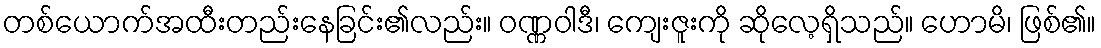
တစ်ယောက်အထီးတည်းနေခြင်း၏လည်း။ ဝဏ္ဏဝါဒီ၊ ကျေးဇူးကို ဆိုလေ့ရှိသည်။ ဟောမိ၊ ဖြစ်၏။